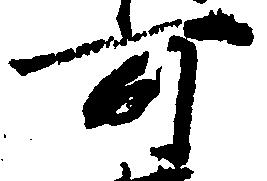
可